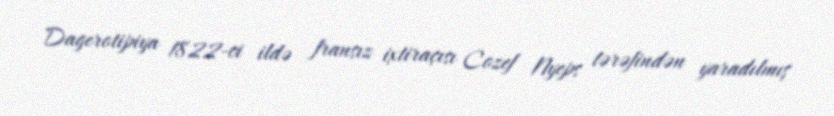
Dagerotipiya 1822-ci ildə fransız ixtiraçısı Cozef Nyeps tərəfindən yaradılmış